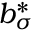
b _ { \sigma } ^ { * }